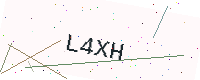
Text: L4XH